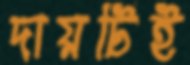
দায়টিই